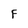
Character: F